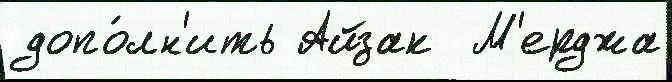
допо́лн'ить Айзак  М'ерджа